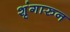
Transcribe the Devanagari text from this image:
शृंगारुन